Lunatic asylums Central Provinces reports 1910-1926 - 1910-1926
Year: 1910
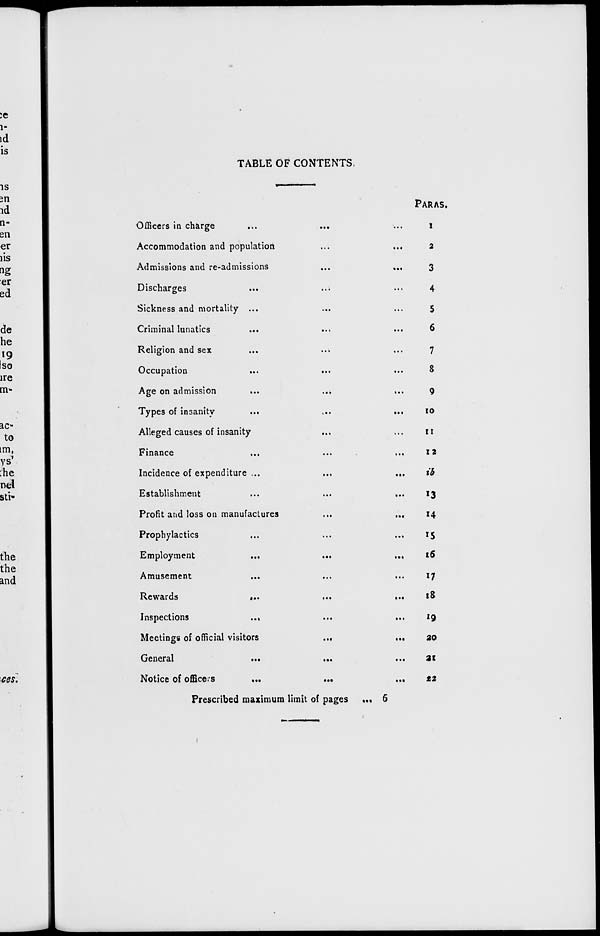
TABLE OF CONTENTS.
Officers in charge
...
...
Accommodation and population
...
...
Admissions and re-admissions
...
...
Discharges
Sickness and mortality ...
Criminal lunatics
Religion and sex
Occupation
Age on admission
...
..»
»..
Types of insanity
...
...
...
Alleged causes of insanity
Finance
...
...
...
Incidence of expenditure ...
...
...
Establishment
...
...
...
Profit and loss on manufactures
...
...
Prophylactics
Employment
Amusement
...
...
...
Rewards
...
Inspections
..»
...
...
Meetings of official visitors
..,
...
General
...
...
Notice of officers
...
...
...
Prescribed maximum limit of pages ...
PARAS.
1
2
3
4
5
6
7
8
9
10
11
12
ib
13
14
15
16
17
18
19
20
21
22
6